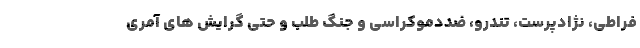
فراطی، نژادپرست، تندرو، ضددموکراسی و جنگ طلب و حتی گرایش های آمری